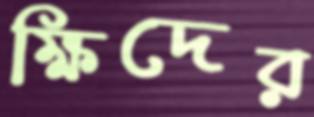
ক্ষিদের